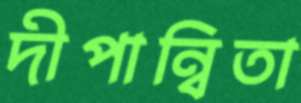
দীপান্বিতা